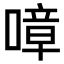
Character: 𠼀